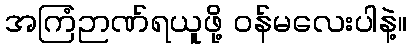
အကြံဉာဏ်ရယူဖို့ ဝန်မလေးပါနဲ့။